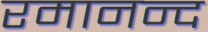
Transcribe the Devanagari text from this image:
रमानन्द